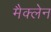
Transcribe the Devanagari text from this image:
मैक्‍लेन